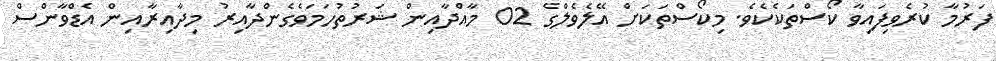
ފަރުމާ ކުރެވިފައިވާ ކޯސްތަކެކެވެ. މިކޯސްތަކަށް އޭލެވެލްގެ 02 މާއްދާއިން ޝަރުތުހަމަވެގެންދާއިރު މިދާއިރާއިން އެޑްވާންސް